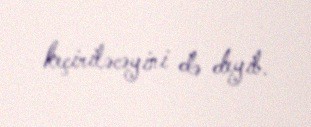
keçiriləcəyini də deyib.